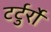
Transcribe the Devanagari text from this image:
टर्टुर्रो